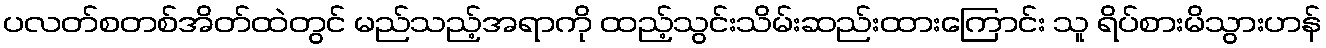
ပလတ်စတစ်အိတ်ထဲတွင် မည်သည့်အရာကို ထည့်သွင်းသိမ်းဆည်းထားကြောင်း သူ ရိပ်စားမိသွားဟန်